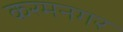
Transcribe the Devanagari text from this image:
करमनगर